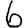
Digit: 6